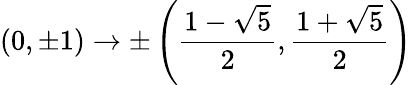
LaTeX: (0,\pm 1)\rightarrow\pm\left(\frac{1-\sqrt{5}}{2},\frac{1+\sqrt{5}}{2}\right)